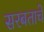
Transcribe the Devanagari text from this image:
सरबताचे